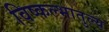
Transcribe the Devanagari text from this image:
विष्कल्भातुल्य